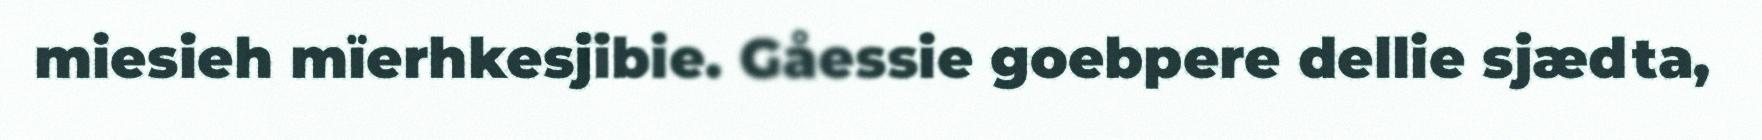
miesieh mïerhkesjibie. Gåessie goebpere dellie sjædta,